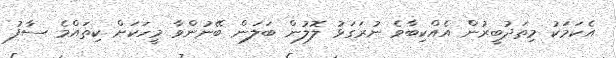
އެކަމަކު މިތަދުބީރުން އެއްކިބާވެ ނުރަގަޅު ލޮލުން ބަލަން ބޭނުންވާ މީހަކަށް ކިތައްމެ ސާފު